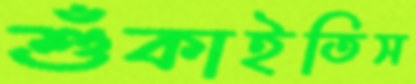
শুঁকাইতিস